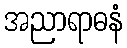
အညာရာဓနံ